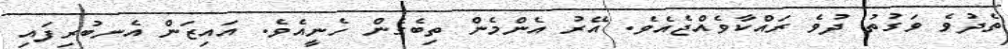
ތެދުވެ ވަގުތު ދުވެ ރައްކާވެއްޖެއެވެ. އޭރު އެންމެން ތިބެގެން ހެނީއެވެ. އައިޒަން އެނބުރިފައި